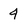
Character: 4